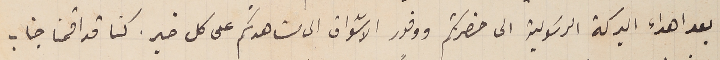
بعد اهداء البركة الرسَولية الى حضرتكم ووفور الاشواق الى مشاهدتكم على كل خير. كنا قد اقمنا جناب